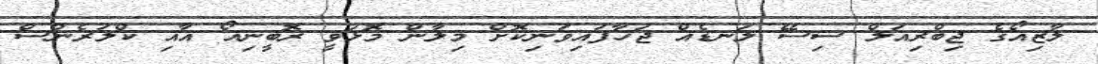
ލާޒިއޯގެ ޖިބްރިއަލް ސިސޭ ލަނޑެއް ޖަހާފައިވަނިކޮށް މިލާން މޮޅުވީ ރޮބީނިއޯ އާއި ކްލަރެންސް